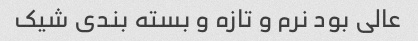
عالی بود نرم و تازه و بسته بندی شیک